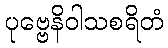
ပုဗ္ဗေနိဝါသစရိတံ